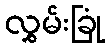
လွှမ်းခြုံ